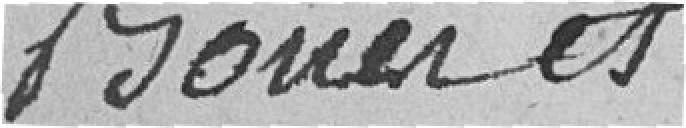
boues et